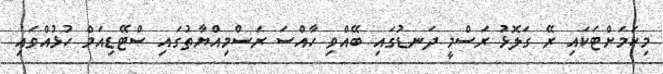
މިކަމަށްޓަކައި ރޭ ގަލޮޅު ރަސްމީ ދަނޑުގައި ބޭއްވި ހާއްސަ ރަސްމިއްޔާތުގައި ސްޓޭޑިއަމް ހުޅުއްވައި